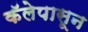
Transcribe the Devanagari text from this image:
कॅलेपासून